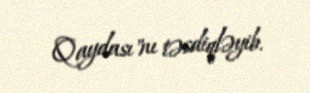
Qaydası"nı təsdiqləyib.